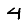
Digit: 4